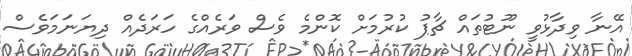
އޭނާ ވިދާޅުވީ ނޫޓުތައް ޗާޕު ކުރުމަށް ކޮންމެ ވެސް ވަރެއްގެ ހަރަދެއް ދިޔަނަމަވެސް